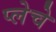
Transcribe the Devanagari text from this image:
प्लेचे